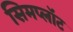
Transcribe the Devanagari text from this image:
सिमप्लॉट